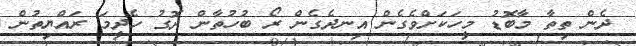
ދެން ތިތާ މާބޮޑު މީހަކަށްވެގެން އިނދެގެން ރޯ ބުހުތާން ދޮގު ހެދީމަ ރައްޔިތުން